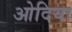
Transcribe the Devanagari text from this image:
ओदिया